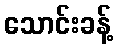
သောင်းခန့်